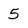
Character: 5